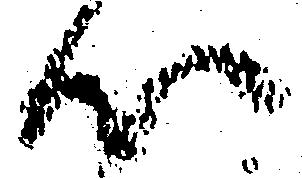
心